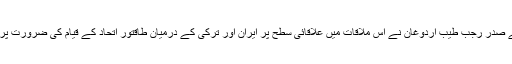
ترکی کے صدر رجب طیب اردوغان نے اس ملاقات میں علاقائی سطح پر ایران اور ترکی کے درمیان طاقتور اتحاد کے قیام کی ضرورت پر زور دیا۔